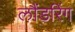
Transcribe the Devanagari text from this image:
लौंडरिंग